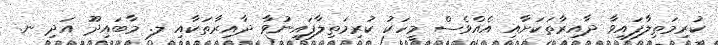
ކުރިމަތިލާފައިވާ ދާއިރާތަކަށާއި އެއްވެސް މީހަކު ކުރިމަތިލާފައިނުވާ ދާއިރާތަކާއި ލ. މާބައިދޫ އަދި ނ.